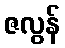
ဇလွန်